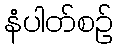
နံပါတ်စဉ်